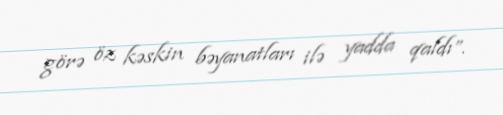
görə öz kəskin bəyanatları ilə yadda qaldı”.